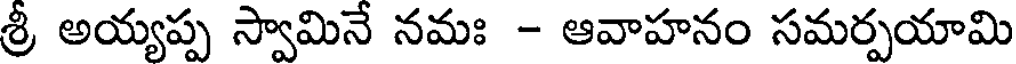
శ్రీ అయ్యప్ప స్వామినే నమః - ఆవాహనం సమర్పయామి